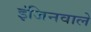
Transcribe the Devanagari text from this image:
इंजिनवाले